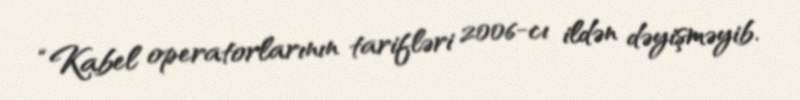
“Kabel operatorlarının tarifləri 2006-cı ildən dəyişməyib.